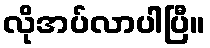
လိုအပ်လာပါပြီ။